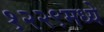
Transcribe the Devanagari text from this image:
१२२९मध्ये